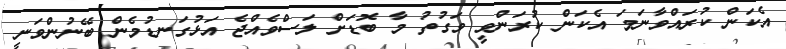
އެކަން ކުރައްވާނަމަ އެކަން ކުރަންވީ ވަގުތު މާ ބޮޑަށް ލަސްވެއްޖެ އަޅުގަނޑުމެން ބޭނުންވަނީ